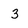
Character: 3